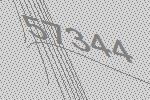
57344